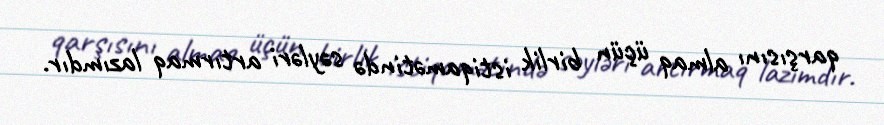
qarşısını almaq üçün birlik istiqamətində səyləri artırmaq lazımdır.